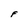
Character: F